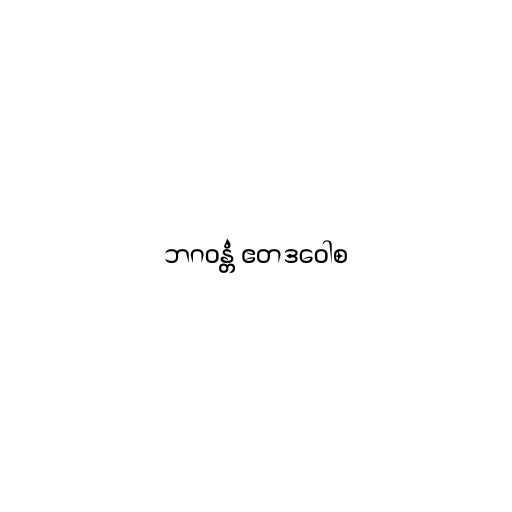
ဘဂဝန္တံ ဧတဒဝေါစ